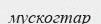
мускогтар